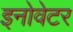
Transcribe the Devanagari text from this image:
इनोवेटर